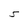
Character: S